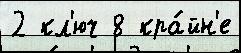
2 кл'юч 8 кра́йн'е